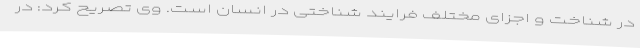
در شناخت و اجزای مختلف فرایند شناختی در انسان است. وی تصریح کرد: در